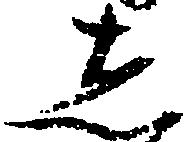
し